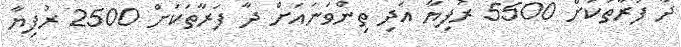
ދާ ފަރާތަކަށް 5500 ރުފިޔާ އަދި ތިންވަނައަށް ދާ ފަރާތަކަށް 2500 ރުފިޔާ